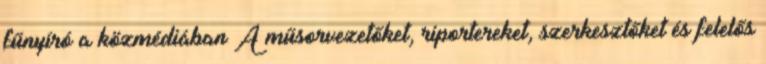
fűnyíró a közmédiában A műsorvezetőket, riportereket, szerkesztőket és felelős